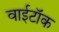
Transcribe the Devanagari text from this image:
वाईटॉक